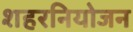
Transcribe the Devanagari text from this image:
शहरनियोजन